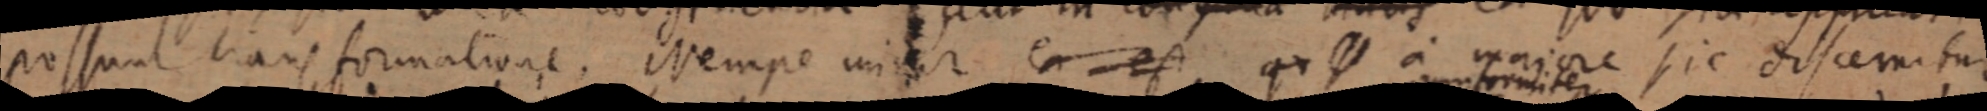
possunt transformatione. Nempe unitur ea est qu _ a majore sic discemitur